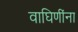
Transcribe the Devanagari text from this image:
वाघिणींना